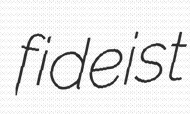
fideist